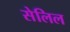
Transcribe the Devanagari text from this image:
सेलिल